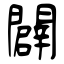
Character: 闢